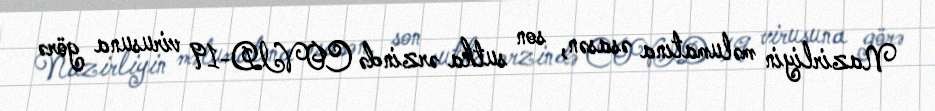
Nazirliyin məlumatına əsasən, son sutka ərzində COVID-19 virusuna görə